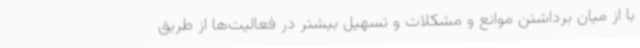
با از میان برداشتن موانع و مشکلات و تسهیل بیشتر در فعالیت‌ها از طریق